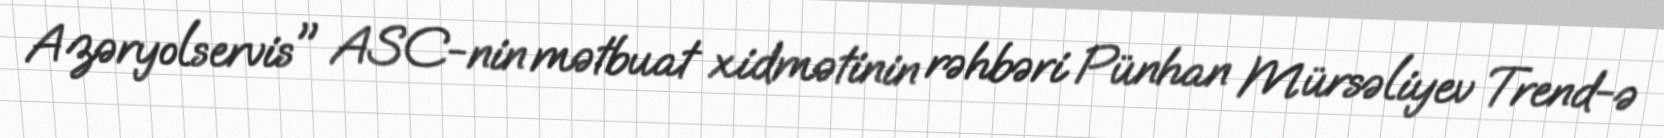
Azəryolservis" ASC-nin mətbuat xidmətinin rəhbəri Pünhan Mürsəliyev Trend-ə